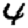
Digit: 4